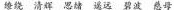
缭绕 清辉 思绪 遥远 碧波 慈母